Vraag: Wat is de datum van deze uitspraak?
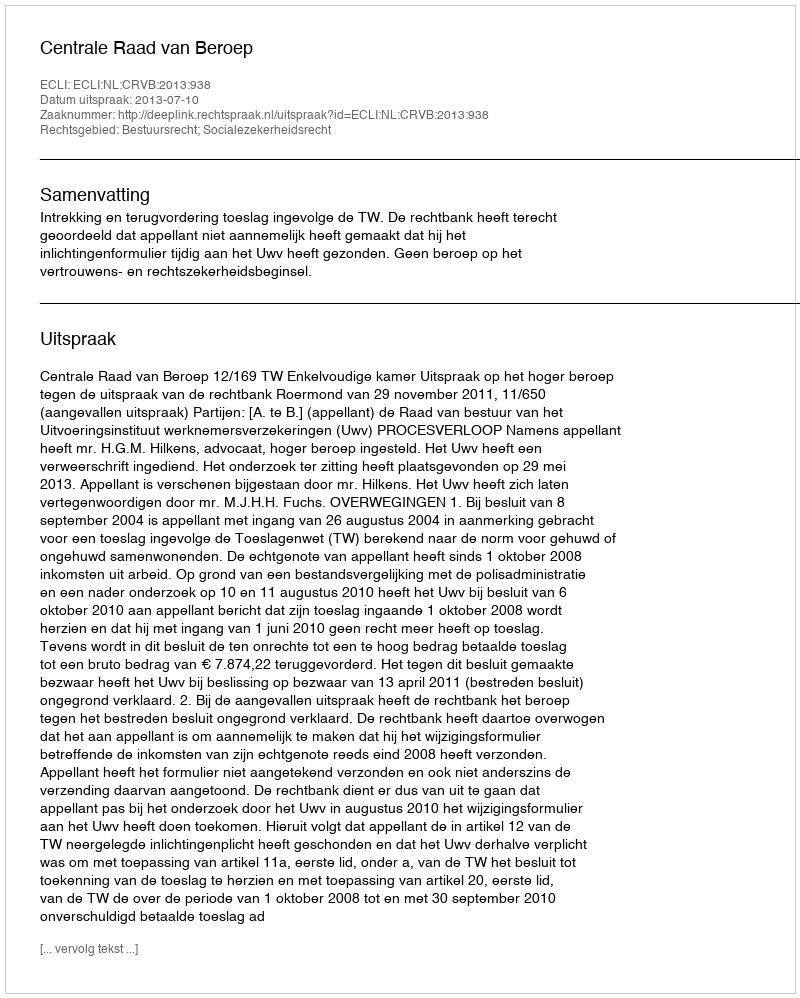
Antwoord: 2013-07-10